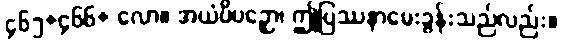
၄၆၅+၄၆၆+ လော။ အယံပိပဉှော၊ ဤပြဿနာမေးခွန်းသည်လည်း။